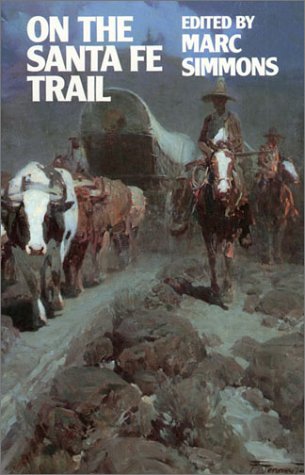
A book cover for On the Santa Fe Trail; Marc Simmons; Travel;